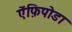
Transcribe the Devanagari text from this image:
ऐंफ़िपोडा